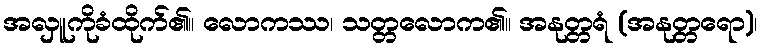
အလှူကိုခံထိုက်၏။ လောကဿ၊ သတ္တလောက၏။ အနုတ္တရံ (အနုတ္တရော)၊